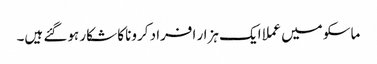
ماسکو میں عملا ایک ہزار افراد کرونا کا شکار ہوگئے ہیں۔